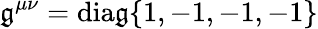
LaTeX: \mathfrak{g}^{\mu\nu}=\mathrm{{{{dia\mathfrak{g}}\{ 1,-1,-1,-1\} }}}